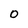
Character: 0